Trukikaitis_Postimees, lk 26
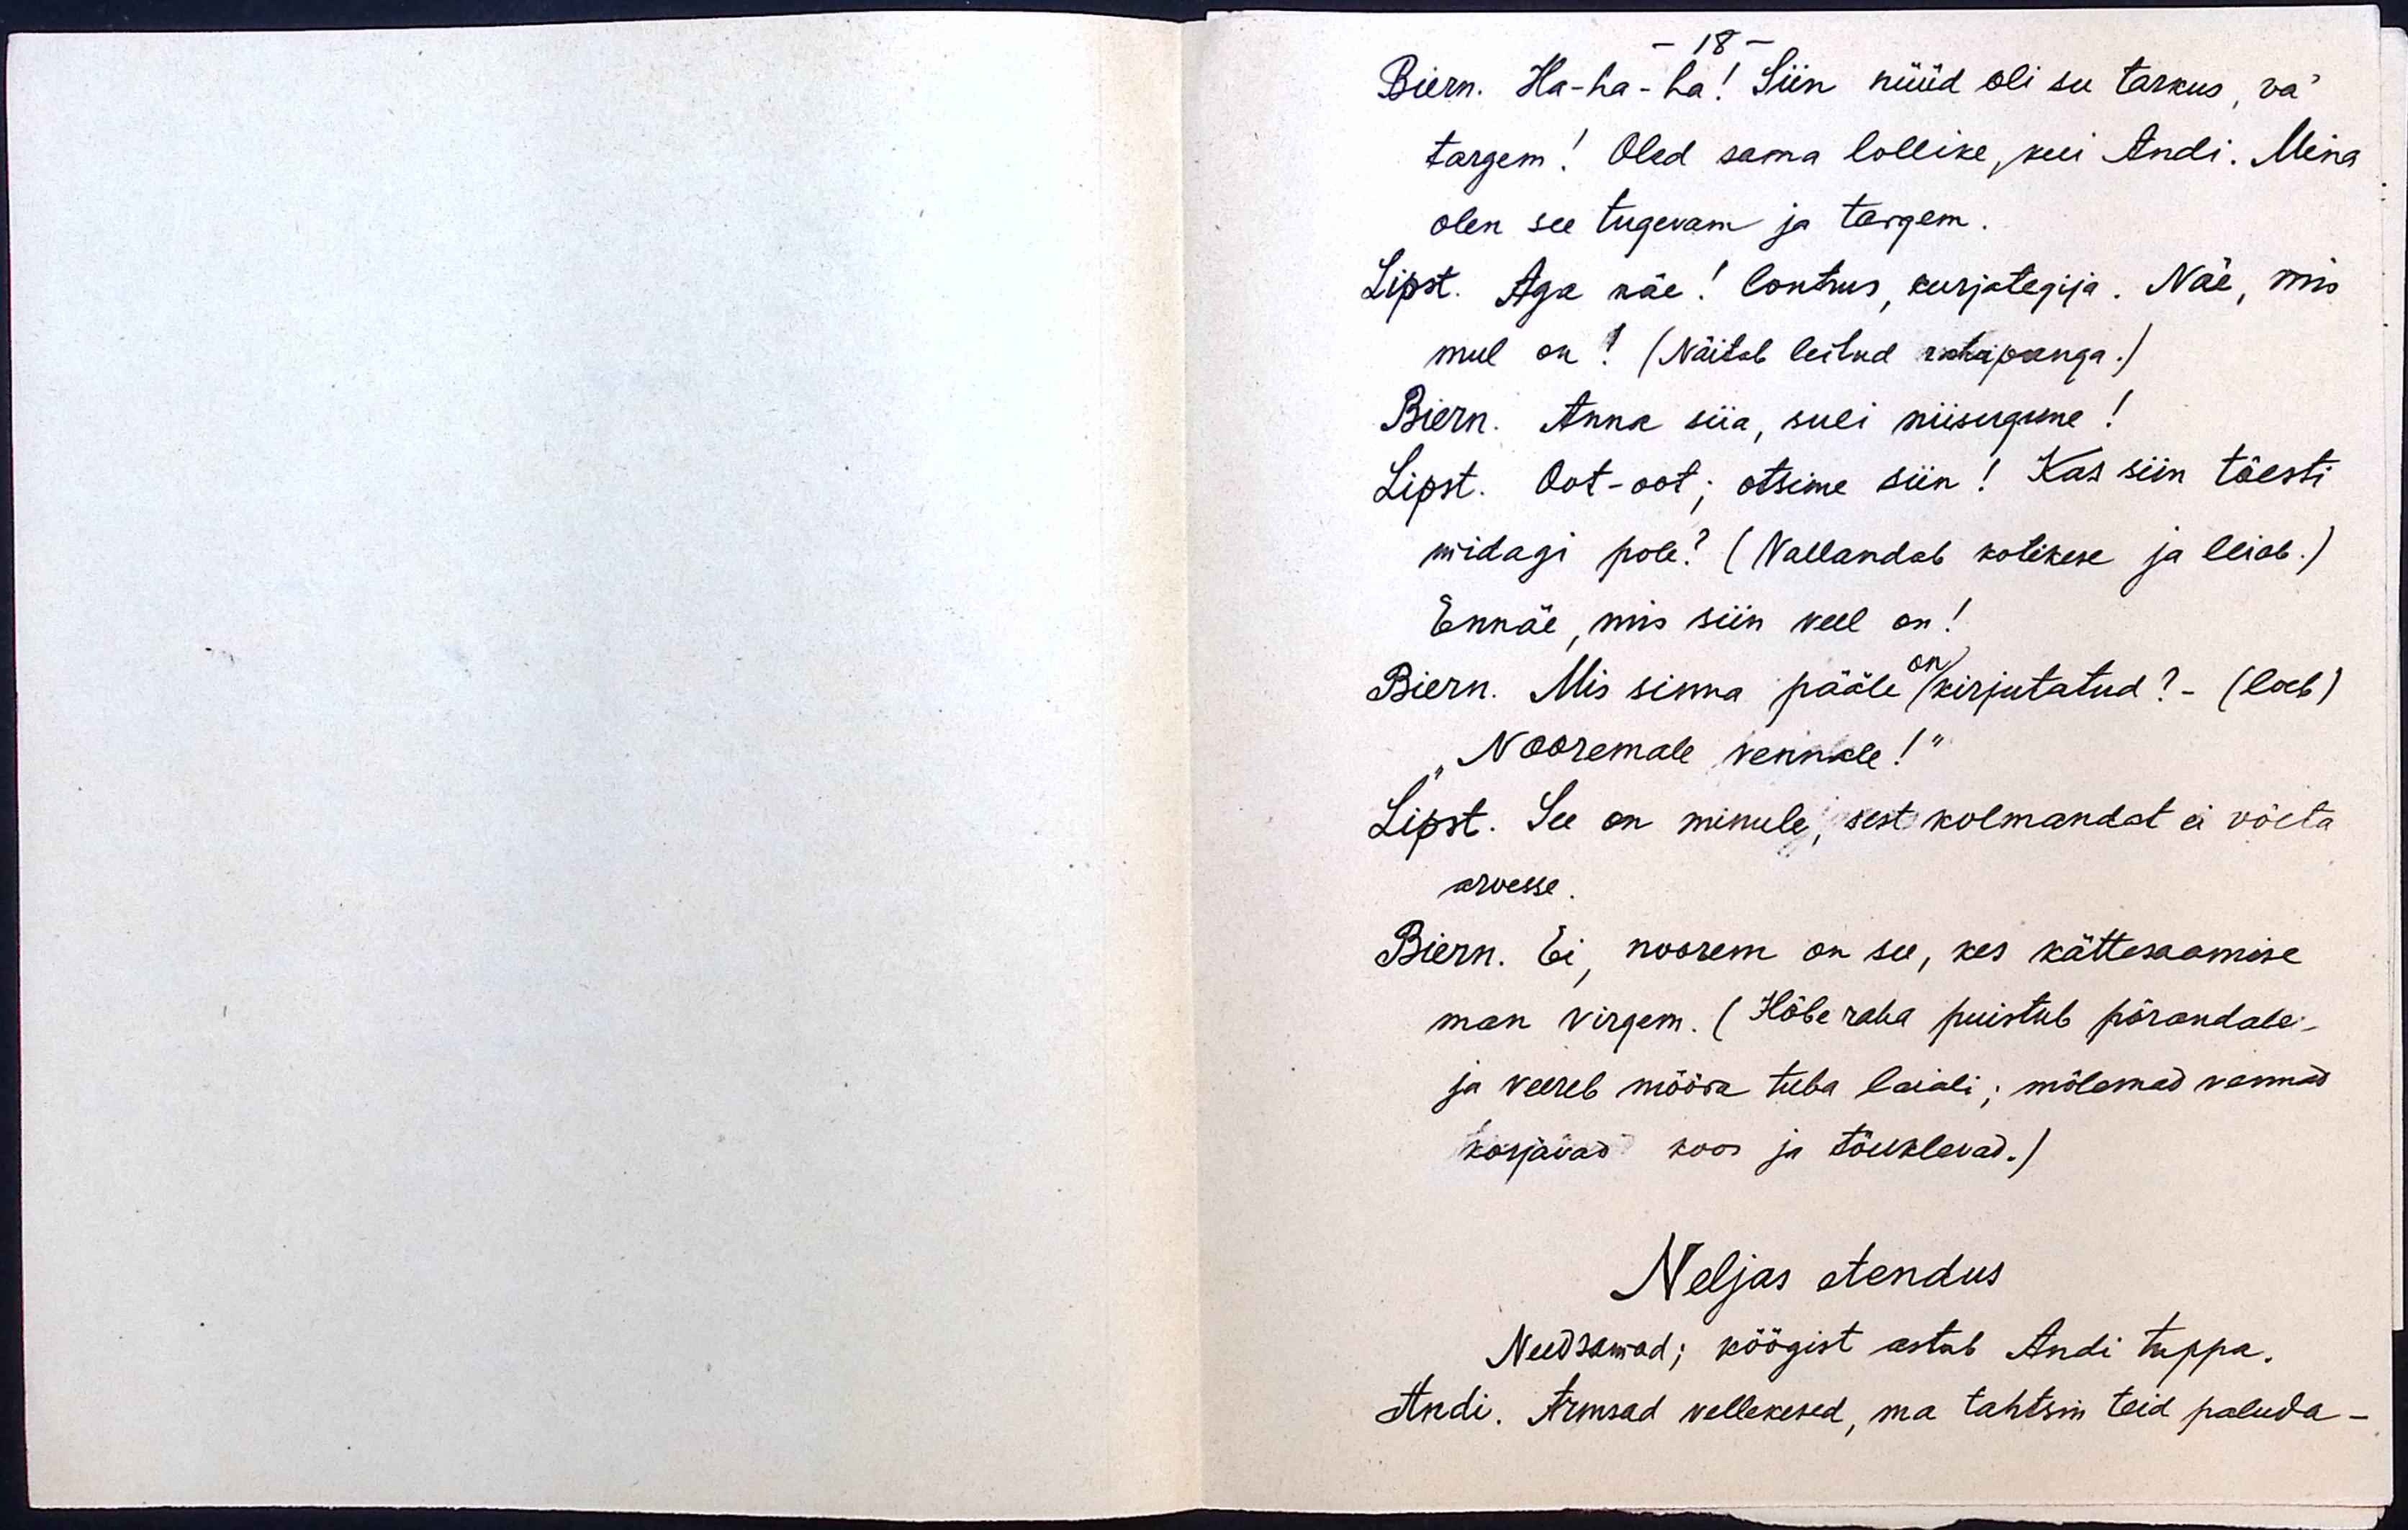
- 18 -
Biern. Ha-ha-ha! Siin nüüd oli su tarkus, va´
targem! Oled sama lollike, kui Andi. Mina
olen see tugevam ja targem.
Lipst. Aga näe! lontrus, kurjategija. Näe, mis
mul on! (Näitab leitud rahapunga.)
Biern. Anna siia, suli niisugune!
Lipst. Oot-oot; otsime siin! Kas siin tõesti
midagi pole? (Vallandab kotikese ja leiab.)
Ennäe, mis siin veel on!
Biern. Mis sinna pääle on kirjutatud? - (loeb)
"Nooremale vennale!“
Lipst. See on minule, sest kolmandat ei võeta
arvesse.
Biern. Ei, noorem on see, kes kättesaamise
man virgem. (Hõberaha puistub põrandale -
ja veereb mööda tuba laiali; mõlemad vennad
korjavad koos ja tõuklevad.)
Neljas etendus
Needsamad; köögist astub Andi tuppa.
Andi. Armsad vellekesed, ma tahtsin teid paluda -